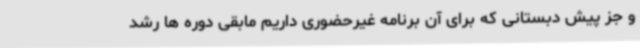
و جز پیش دبستانی که برای آن برنامه غیرحضوری داریم مابقی دوره ها رشد